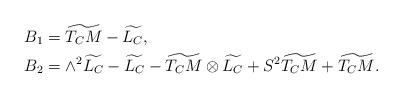
LaTeX: \begin{align*}&B_1=\widetilde{T_CM}-\widetilde{L_C},\\&B_2=\wedge^2\widetilde{L_C}-\widetilde{L_C}-\widetilde{T_CM}\otimes \widetilde{L_C}+S^2\widetilde{T_CM}+\widetilde{T_CM}.\end{align*}